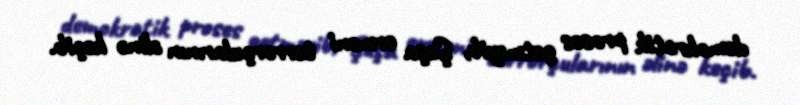
demokratik proses getməyib, Şuşa erməni terrorçularının əlinə keçib.